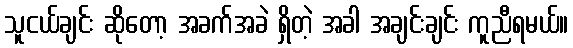
သူငယ်ချင်း ဆိုတော့ အခက်အခဲ ရှိတဲ့ အခါ အချင်းချင်း ကူညီရမယ်။